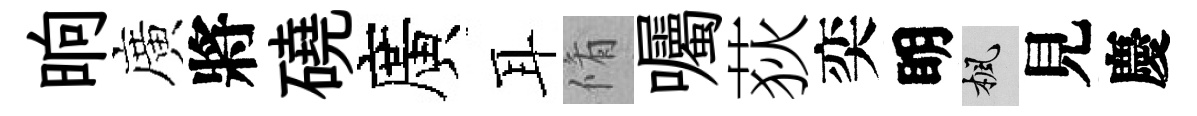
晌廣將磽廣耳脩囑荻奕眀楓見慶